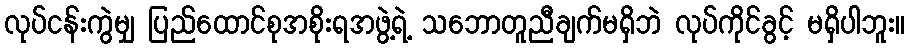
လုပ်ငန်းကွဲမျှ ပြည်ထောင်စုအစိုးရအဖွဲ့ရဲ့ သဘောတူညီချက်မရှိဘဲ လုပ်ကိုင်ခွင့် မရှိပါဘူး။